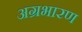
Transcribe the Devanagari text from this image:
अग्रभारण